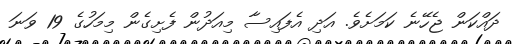
ދައްކަން ޖެހޭނެ ކަމަށެވެ. އަދި އެފައިސާ މިއަދުން ފެށިގެން މިމަހުގެ 19 ވަނަ